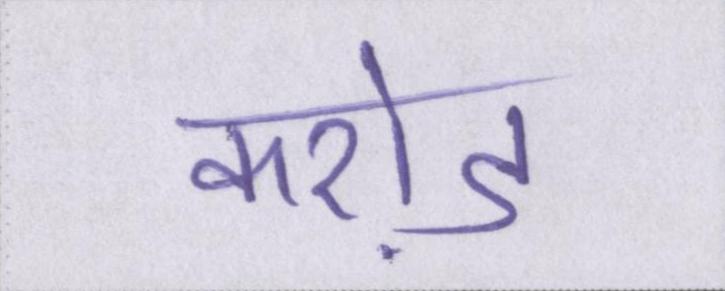
करो़ड